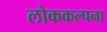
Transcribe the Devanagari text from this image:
लोककल्पना